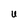
Character: U